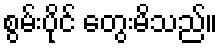
စွမ်းပိုင် တွေးမိသည်။